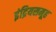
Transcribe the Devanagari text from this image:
इंद्रियसमूह